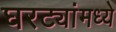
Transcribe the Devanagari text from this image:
घरट्यांमध्ये